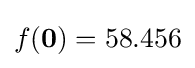
f(\mathbf {0} )=58.456